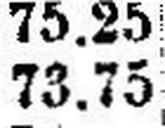
73.75